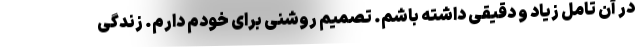
در آن تامل زیاد و دقیقی داشته باشم. تصمیم روشنی برای خودم دارم. زندگی